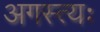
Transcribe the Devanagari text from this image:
अगस्त्यः